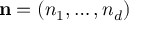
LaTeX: \mathbf { n } = \left( n _ { 1 } , \ldots , n _ { d } \right)